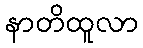
နာတိထူလာ